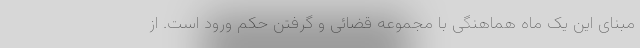
مبنای این یک ماه هماهنگی با مجموعه قضائی و گرفتن حکم ورود است. از